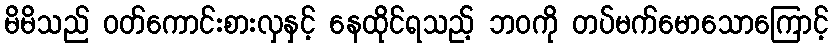
မိမိသည် ဝတ်ကောင်းစားလှနှင့် နေထိုင်ရသည့် ဘဝကို တပ်မက်မောသောကြောင့်